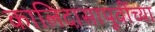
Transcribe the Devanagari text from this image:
कालिदासापूर्वीच्या